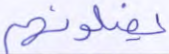
يضلونهم